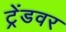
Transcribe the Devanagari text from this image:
ट्रेंडवर